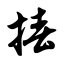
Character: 椿